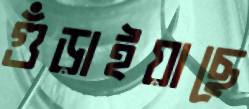
গুঁড়াইয়াছে